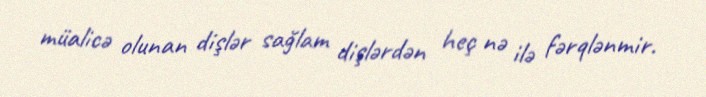
müalicə olunan dişlər sağlam dişlərdən heç nə ilə fərqlənmir.